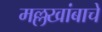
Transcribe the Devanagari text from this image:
मल्लखांबाचे